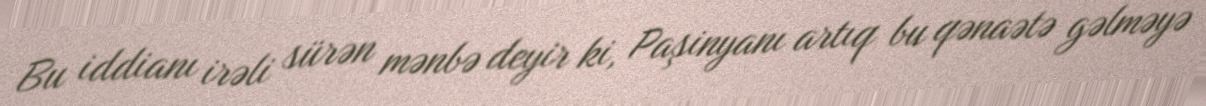
Bu iddianı irəli sürən mənbə deyir ki, Paşinyanı artıq bu qənaətə gəlməyə